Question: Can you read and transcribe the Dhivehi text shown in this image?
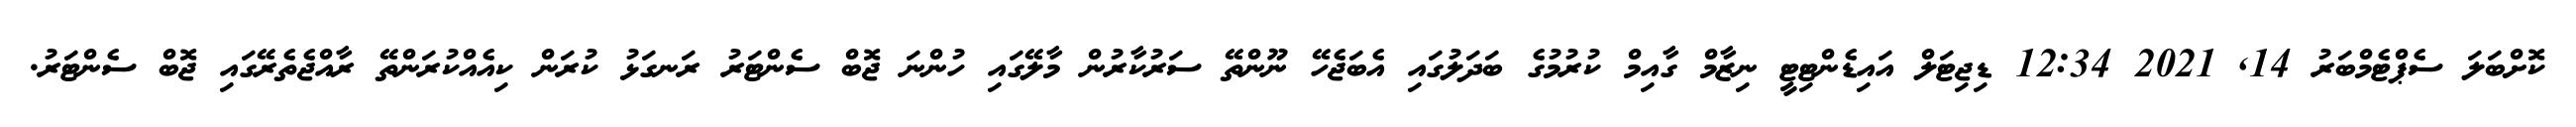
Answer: ކޮށްބަލަ ސެޕްޓެމްބަރު 14, 2021 12:34 ޑިޖިޓަލް އައިޑެންޓިޓީ ނިޒާމް ގާއިމް ކުރުމުގެ ބަދަލުގައި އެބަޖެހޭ ނޫންތޭ ސަރުކާރުން މާލޭގައި ހުންނަ ޖޮބް ސެންޓަރު ރަނގަޅު ކުރަން ކިއެއްކުރަންތޭ ރާއްޖެތެރޭގައި ޖޮބް ސެންޓަރު.